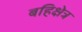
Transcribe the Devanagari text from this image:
बहिक्षेत्र